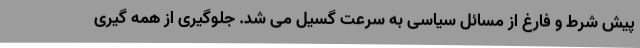
پیش شرط و فارغ از مسائل سیاسی به سرعت گسیل می شد. جلوگیری از همه گیری